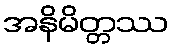
အနိမိတ္တဿ